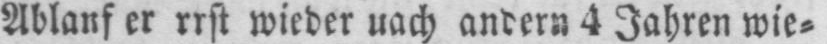
Ablauf er rrst wieder nach andern 4 Jahren wie⸗